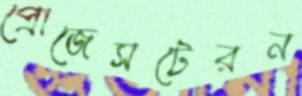
প্রোজেসটেরন